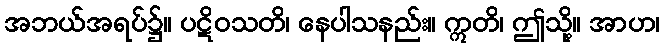
အဘယ်အရပ်၌။ ပဋိဝသတိ၊ နေပါသနည်း။ ဣတိ၊ ဤသို့။ အာဟ၊